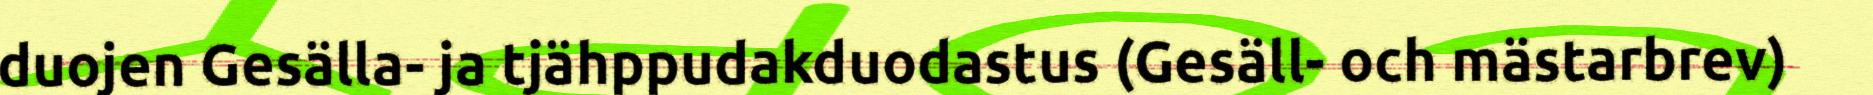
duojen Gesälla- ja tjähppudakduodastus (Gesäll- och mästarbrev)